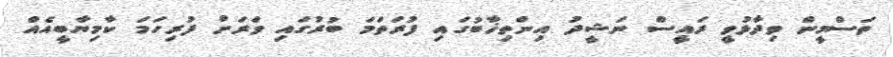
ތަސްމީން ވިދާޅުވީ ރައީސް ނަޝީދު އިންތިޚާބުގައި ފުރަތަމަ ބުރުގައި ވަރަށް ފުރިހަމަ ކާމިޔާބީއެއް